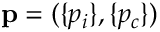
{ \bf p } = ( \{ p _ { i } \} , \{ p _ { c } \} )